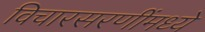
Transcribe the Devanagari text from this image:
विचारसरणींमध्ये